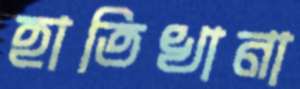
হাতিখানা